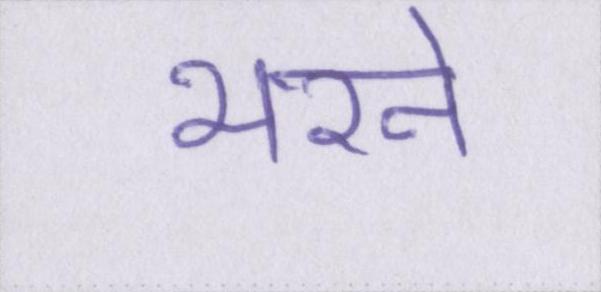
भरने